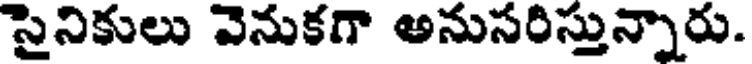
సైనికులు వెనుకగా అనుసరిస్తున్నారు.